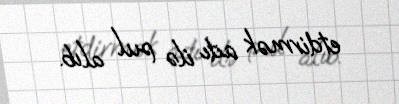
etdirmək adı ilə pul alıb.